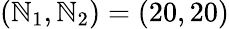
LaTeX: \left(\mathbb{N}_{1},\mathbb{N}_{2}\right)=\left(20,20\right)